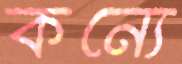
কন্যে